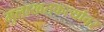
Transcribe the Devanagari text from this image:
मुलाखतकर्त्यावर